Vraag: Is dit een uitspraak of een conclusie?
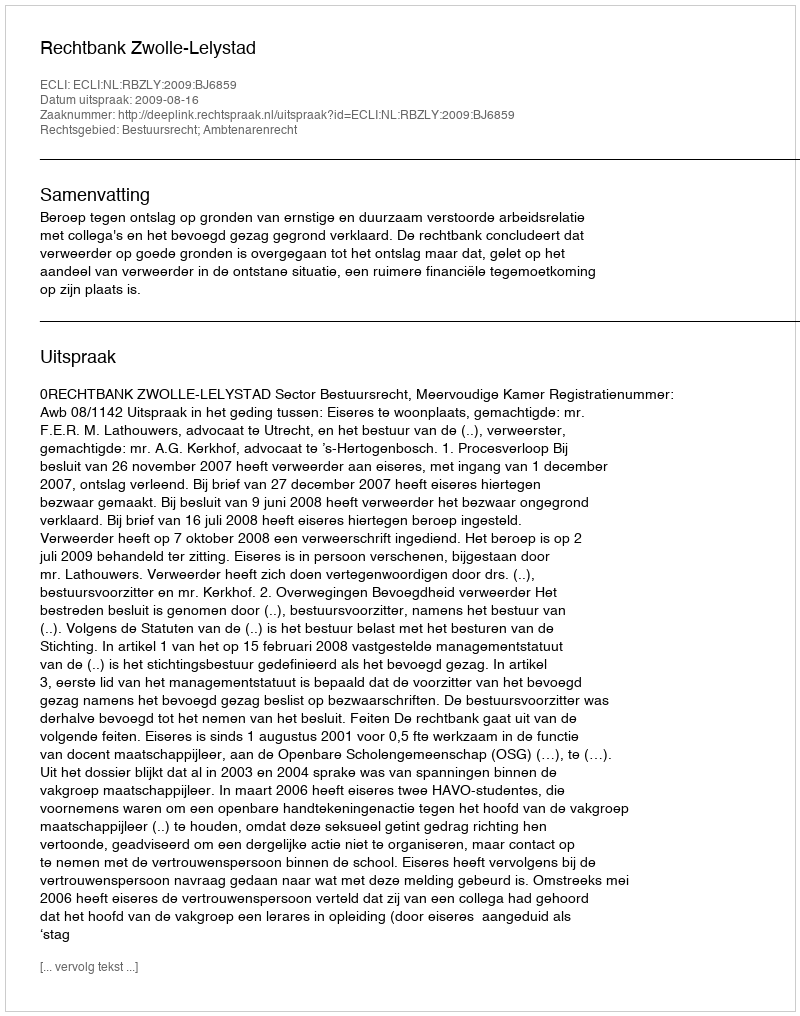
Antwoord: Uitspraak